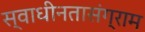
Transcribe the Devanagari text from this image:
स्वाधीनतासंग्राम